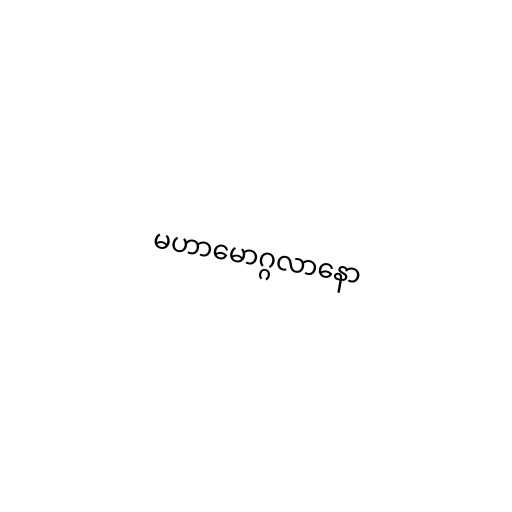
မဟာမောဂ္ဂလာနော